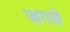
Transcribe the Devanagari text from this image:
जगवे